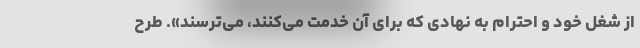
از شغل خود و احترام به نهادی که برای آن خدمت می‌کنند، می‌ترسند». طرح